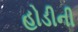
હોડીની